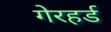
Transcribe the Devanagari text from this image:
गेरहर्ड